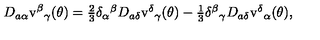
D _ { a \alpha } \mathrm { v } ^ { \beta } { } _ { \gamma } ( \theta ) = \textstyle { \frac { 2 } { 3 } } \delta _ { \alpha } { } ^ { \beta } D _ { a \delta } \mathrm { v } ^ { \delta } { } _ { \gamma } ( \theta ) - \textstyle { \frac { 1 } { 3 } } \delta ^ { \beta } { } _ { \gamma } D _ { a \delta } \mathrm { v } ^ { \delta } { } _ { \alpha } ( \theta ) ,